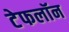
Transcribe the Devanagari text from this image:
टेफलॉन